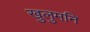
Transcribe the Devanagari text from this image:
खुलुमनि